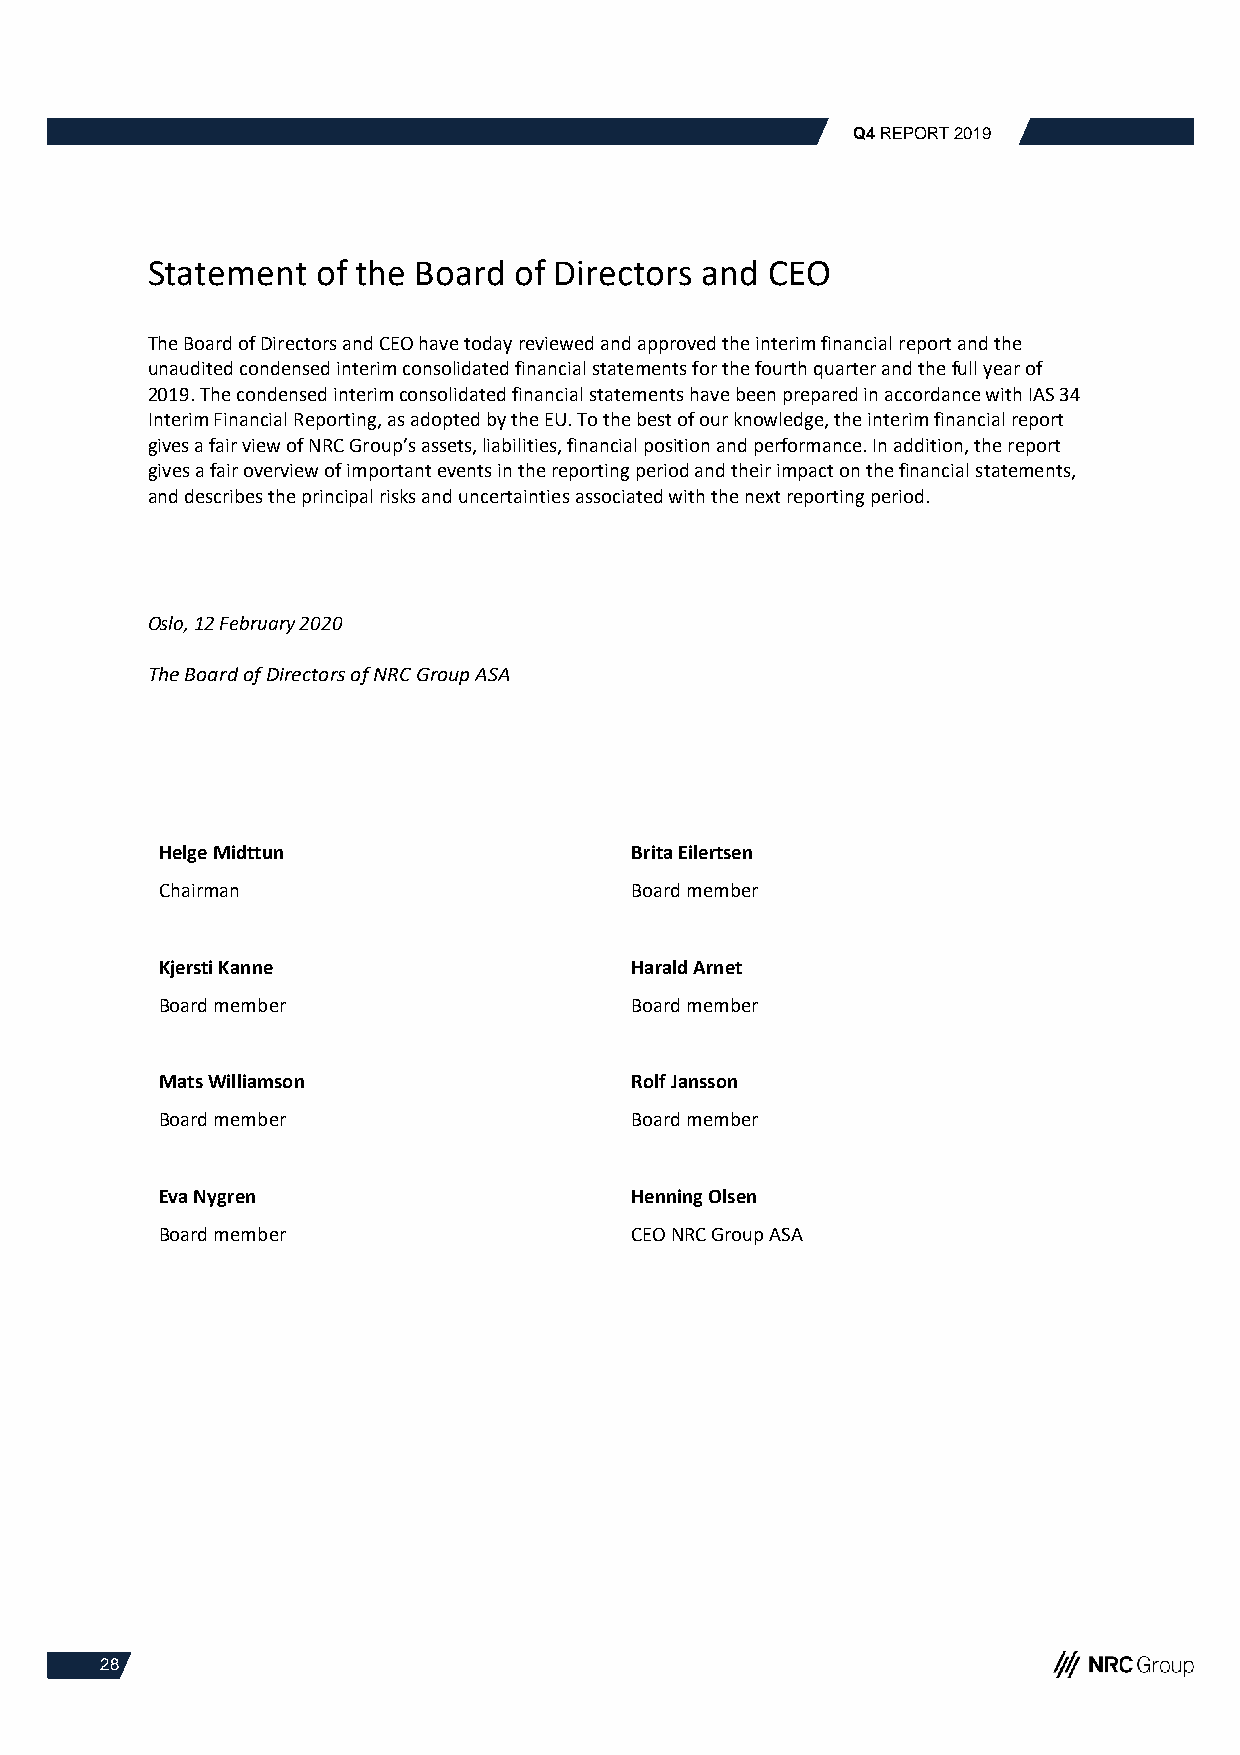
Q4 REPORT 2019
 Statement  of the Board of Directors and CEO
 The Board of Directors and CEO have today reviewed and approved the interim financial report and the
 unaudited condensed interim consolidated financial statements for the fourth quarter and the full year of
 2019. The condensed interim consolidated financial statements have been prepared in accordance with IAS 34
 Interim Financial Reporting, as adopted by the EU. To the best of our knowledge, the interim financial report
 gives a fair view of NRC Group’s assets, liabilities, financial position and performance. In addition, the report
 gives a fair overview of important events in the reporting period and their impact on the financial statements,
 and describes the principal risks and uncertainties associated with the next reporting period.
 Oslo, 12 February 2020
 The Board of Directors of NRC Group ASA
 Helge Midttun                  Brita Eilertsen
 Chairman                       Board member
 Kjersti Kanne                  Harald Arnet
 Board member                   Board member
 Mats Williamson                Rolf Jansson
 Board member                   Board member
 Eva Nygren                     Henning Olsen
 Board member                   CEO NRC Group ASA
 28